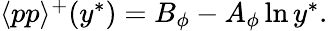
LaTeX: \begin{array}{r}{\langle pp\rangle^{+}(y^{\ast})={B_{\phi}-A_{\phi}\ln y^{\ast}}.}\end{array}